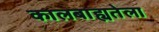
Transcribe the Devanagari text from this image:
कालबाह्यतेला